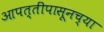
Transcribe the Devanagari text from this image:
आपत्तींपासूनच्या